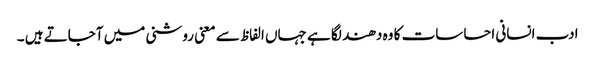
ادب انسانی احساسات کا وہ دھند لگا ہے جہاں الفاظ سے معنی روشنی میں آجاتے ہیں ۔